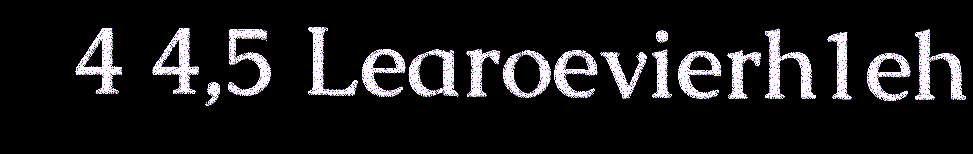
4 4,5 Learoevierh1eh